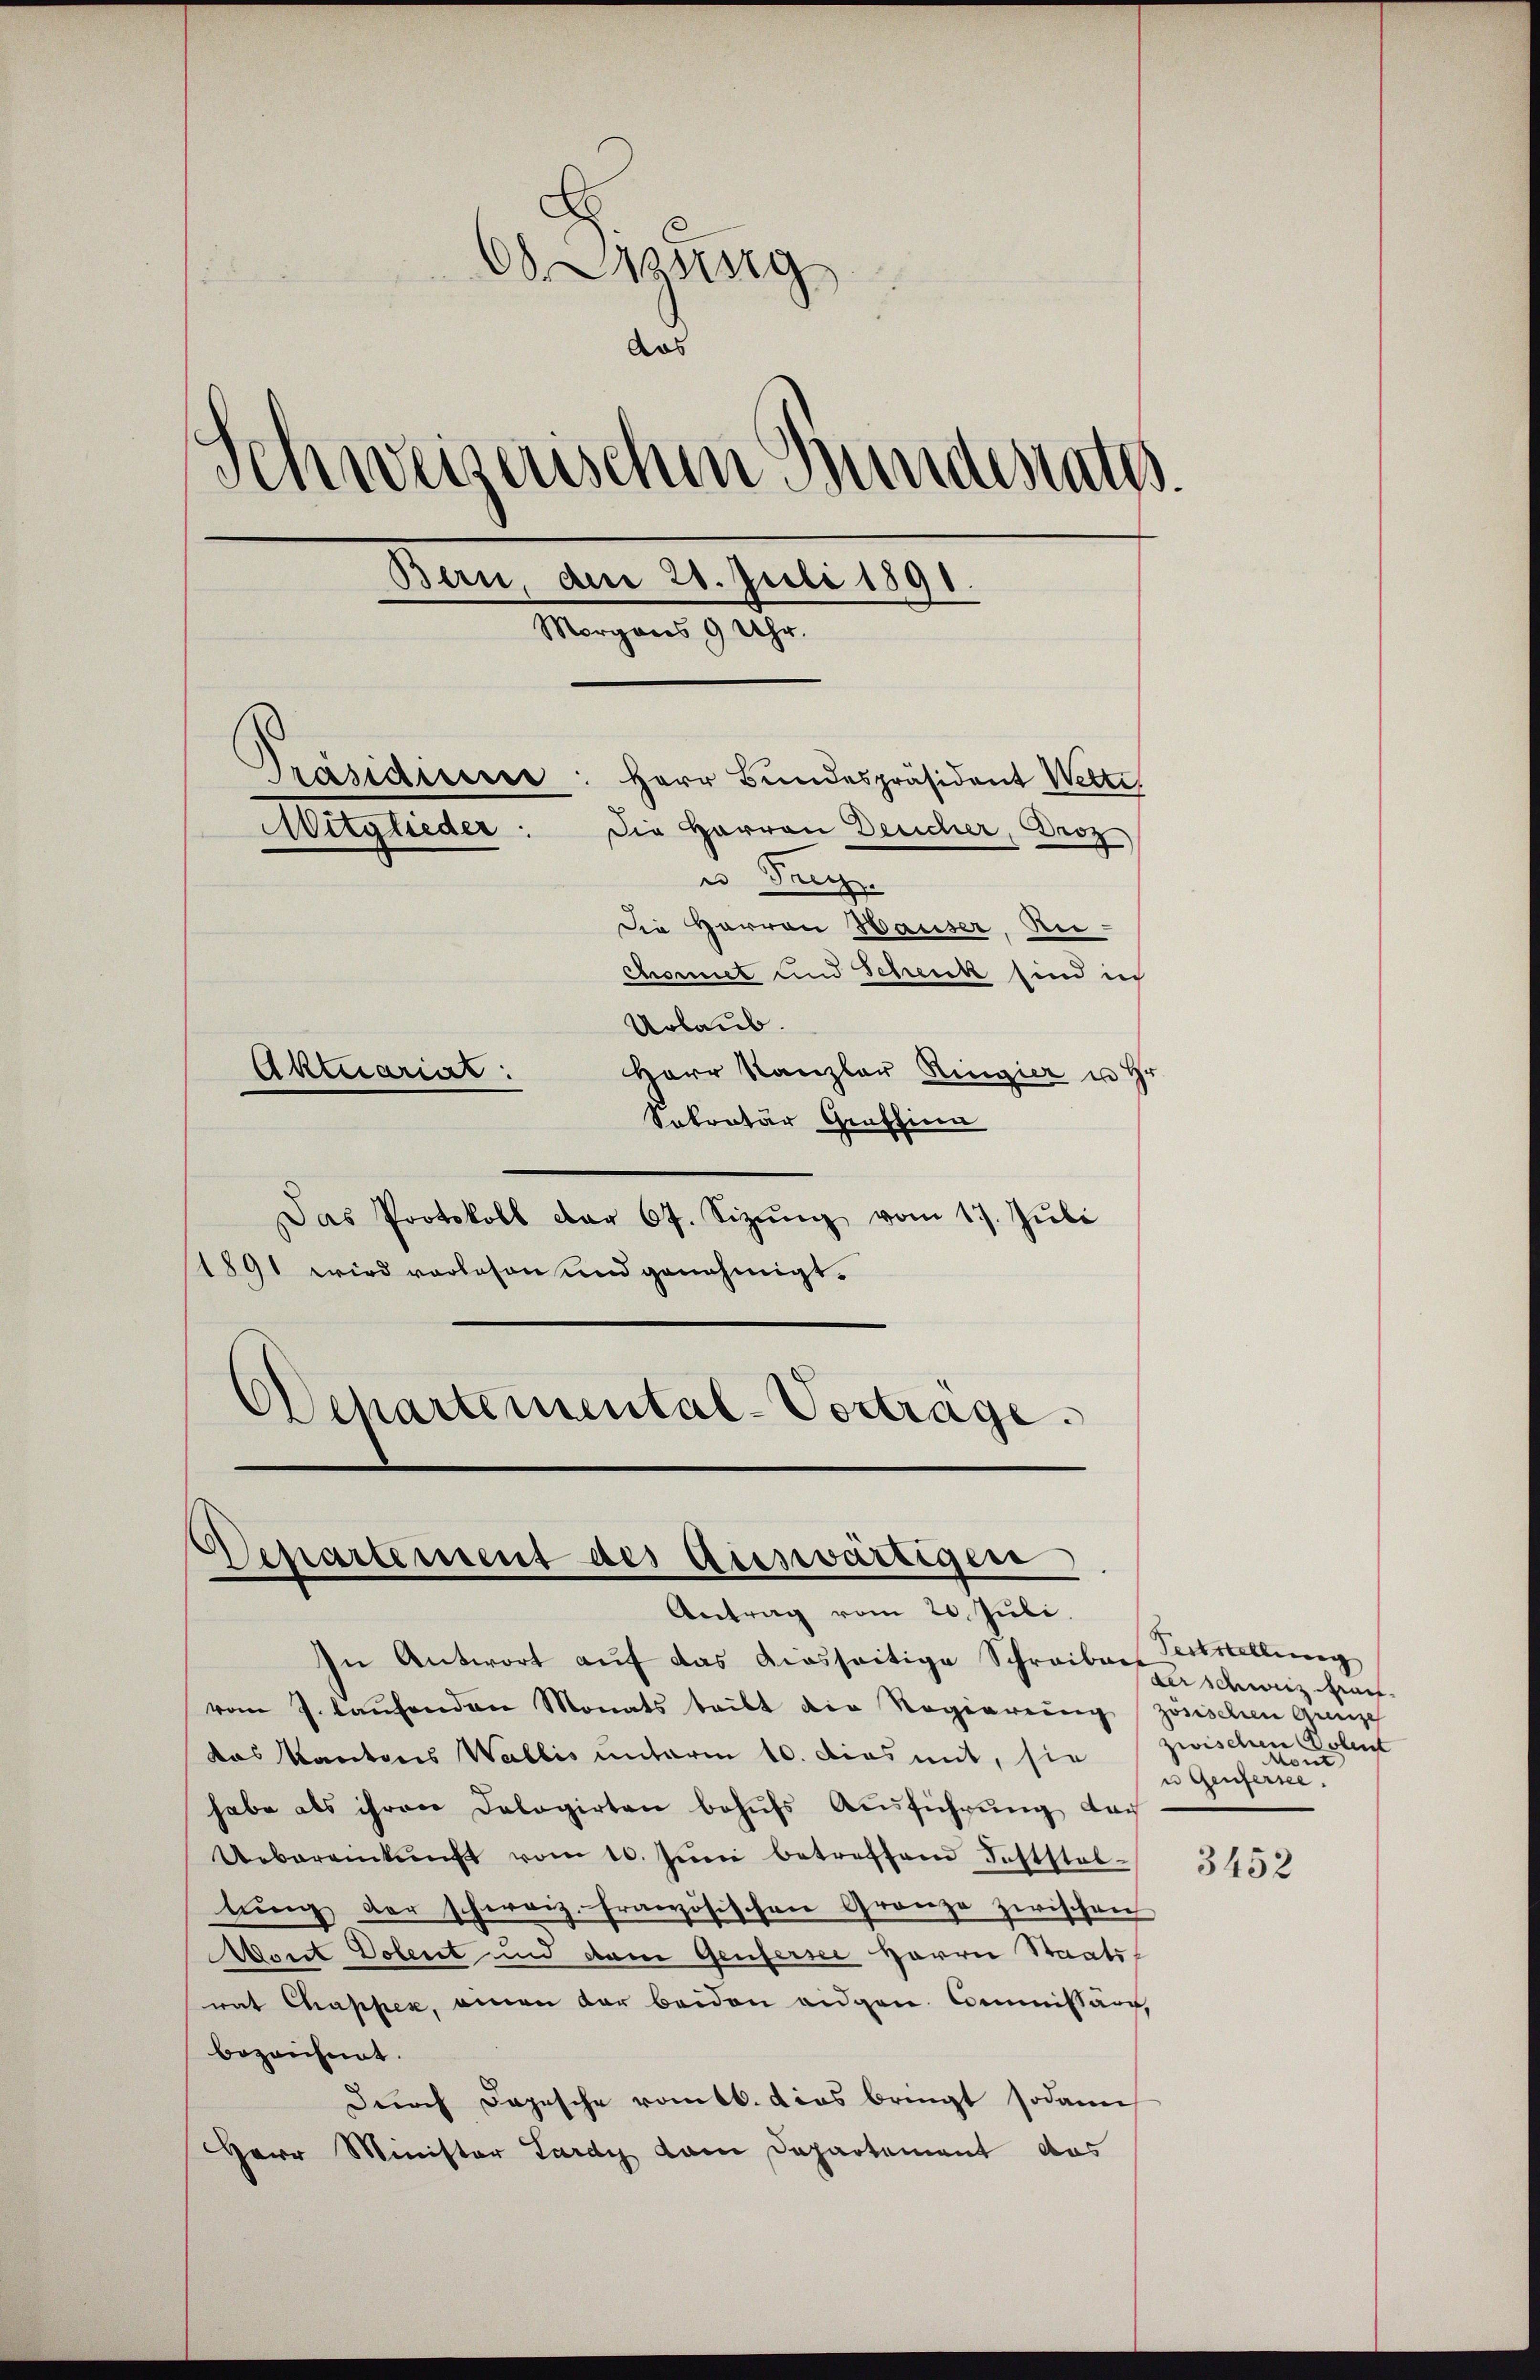
Assig
das
Schweizerischen Bundesrath.
Bern, den 28. Juli 1891.
Morgens 9 Uhr.
Präsidium
Herr Bundespräsident Wette
Die Herren Deucher, Droz
Mitglieder:
u Trig.
Die Herren Hauser, Re¬
Chonnet und Schenk sind ich
Urlaub.
Herr Kanzler Ringier u Hr
Aktuariat
Sokratur Genfsinn

Das Protokoll der 67. Sizŭng vom 17. Jŭli
1891 wird vorlesen und genehmigt.
DDepartemental-Vertrage.

Departement des Auswärtigen
Antrag vom 20. Juli.

In Antwort aŭf das diesseitige Schreiben Abstellŭng
vom J. laufenden Monats teilt die Regierung zösischen Ganze
das Kantons Wallis unterm 10. dies mit, sie
habe als ihren Dologirten behŭfs Ausführung dar
Uebereinkunft vom 10. Jŭni betreffend Feststel-
lŭng der schweiz. Französischen Granze zwischen
Wort Dolent und dem Genfersee Herrn Staatswat Chappek, einen der beiden eidgen. Commissär,
bezeichnet.
Durch Jopische romtb. dies bringt sodann
Herr Minister Lardy kam Departement das

der schweiz haf
zwischen Dolent
cont
u Genfersee.

3452